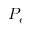
P _ { e }